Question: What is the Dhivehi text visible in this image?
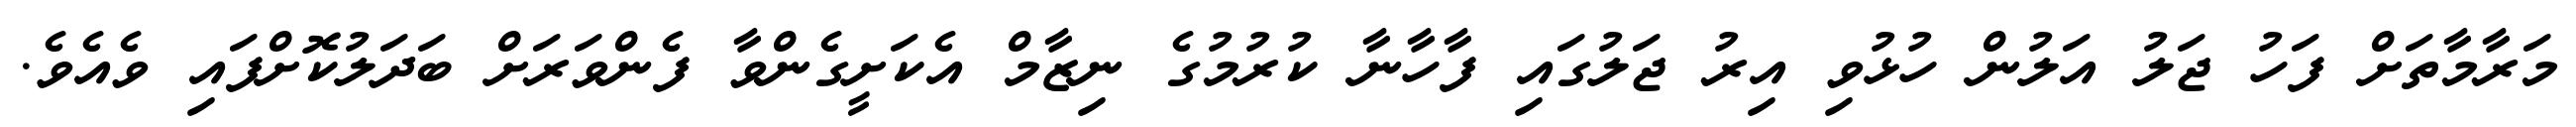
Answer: މަރާމާތަށް ފަހު ޖަލު އަލުން ހުޅުވި އިރު ޖަލުގައި ފާހާނާ ކުރުމުގެ ނިޒާމް އެކަށީގެންވާ ފެންވަރަށް ބަދަލުކޮށްފައި ވެއެވެ.